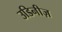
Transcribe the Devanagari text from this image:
उडिनीज़